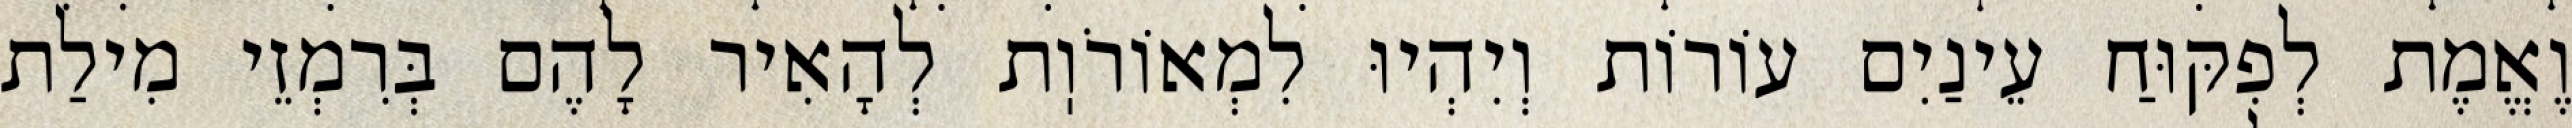
וֶאֱמֶת לְפִקּוּחַ עֵינַיִם עוֹרוֹת וְיִהְיוּ לִמְאוֹרֹוֽת לְהָאִיר לָהֶם בְּרִמְזֵי מִילַת